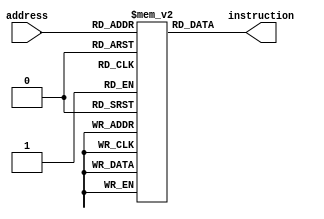
`timescale 1ns / 1ps
//////////////////////////////////////////////////////////////////////////////////
// Company: UTD
// 
// Design Name: 
// Module Name: program_memory
// Project Name: 
// Target Devices: 
// Tool Versions: 
// Description: 
// 
// Dependencies: 
// 
// Revision:
// Revision 0.01 - File Created
// Additional Comments:
// 
//////////////////////////////////////////////////////////////////////////////////


module program_memory( input      [7:0]  address, 
                       output reg [16:0] instruction );
    /*
        The program memory will contain an 256x17 bit memory. It will use the program counter
        as the address and output the corresponding 17-bit instruction from the memory.
    */
    reg[16:0]mem[255:0];
    initial begin
        //          5     |3 |3 |3 |3
        //          opcode|DR|RA|RB|nothing
        /* normal */
        // mem[0] = 17'b00000000000000000;//nop
        // mem[1] = 17'b00100011001010000;//add, 3, 1, 2
        // mem[2] = 17'b01000100001010000;//sub, 4, 1, 3
        /* raw */
        // mem[0] = 17'b00000000000000000;//nop
        // mem[1] = 17'b00100011001010000;//add, 3, 1, 2
        // mem[2] = 17'b01000100001011000;//sub, 4, 1, 3
        /* branch detect */
        /* lsl test */
        // mem[0] = 17'b00000000000000000;//nop
        // mem[1] = 17'b10011100001000001;//lsl,
        // mem[2] = 17'b00000000000000000;//nop
        // mem[3] = 17'b10101100001000001;//lsr,5
        /* jmp test */
        // mem[0] = 17'b00000000000000000;//nop
        // mem[1] = 17'b00011000000000000;//jmr

        /* demo code */
        mem[0] = 17'b00000000000000000;    //nop
        mem[1] = 17'b10111_001_000_000_000;// input R1
        mem[2] = 17'b10011_010_001_000_100;// lsl r2,r1,4
        mem[3] = 17'b10101_010_010_000_100;// lsr r2,r2,4
        mem[4] = 17'b10101_011_001_000_100;// lsr r3,r1,4
        mem[5] = 17'b10110_000_010_011_000;// output r2,r3
        mem[6] = 17'b00011000000000000;// jmr r0
        
    end
    always @(address) begin
        instruction = mem[address];
    end
    
endmodule

module data_memory( input            clk,
                    input      [7:0] address, 
                    input            write,
                    input      [7:0] dataIn, 
                    output reg [7:0] dataOut );
    /*
        The data memory will be a 256 byte memory. The address input will be used to determine
        the address being written to or read from. At the edge of the clock, the value of the data
        input will be written to the memory address only if the write enable input is set to
        the correct level. Regardless, the data output will output the byte located in the memory
        at the address being input.
    */
    reg[7:0]mem[255:0];
    always @(negedge clk ) begin
        if(write)
            mem[address] = dataIn;
 
        dataOut = mem[address];
    end
endmodule